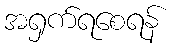
အရှက်ရစေရန်